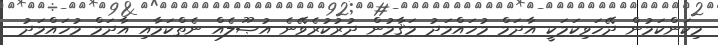
މިކަންކަމުން ދޭހަވިކަމަކީ އާދަމް މުހައްމަދު މަޤާމުން ދުރުކުރެވޭނެ އުޞޫލެއް ނެތްކަމާއި އާދަމް މުހައްމަދު